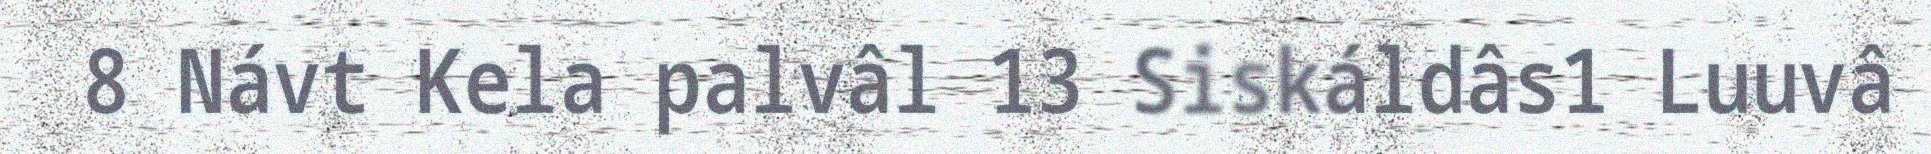
8 Návt Kela palvâl 13 Siskáldâs1 Luuvâ